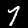
Digit: 7